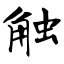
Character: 触